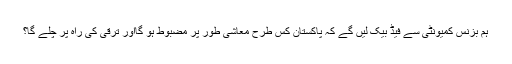
ہم بزنس کمیونٹی سے فیڈ بیک لیں گے کہ پاکستان کس طرح معاشی طور پر مضبوط ہو گااور ترقی کی راہ پر چلے گا؟